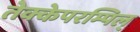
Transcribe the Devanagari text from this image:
तेक्केपरम्पिल्